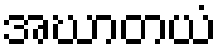
အဃာတယံ